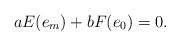
LaTeX: \begin{align*} a E(e_m)+b F(e_0)=0.\end{align*}